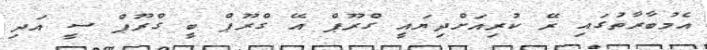
އެމުބާރާތުގައި ރޭ ކުރިއަށްދިޔައީ ގްރޫޕް އޭ ގްރޫޕް ބީ ގްރޫޕް ސީ އަދި